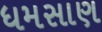
ધમસાણ